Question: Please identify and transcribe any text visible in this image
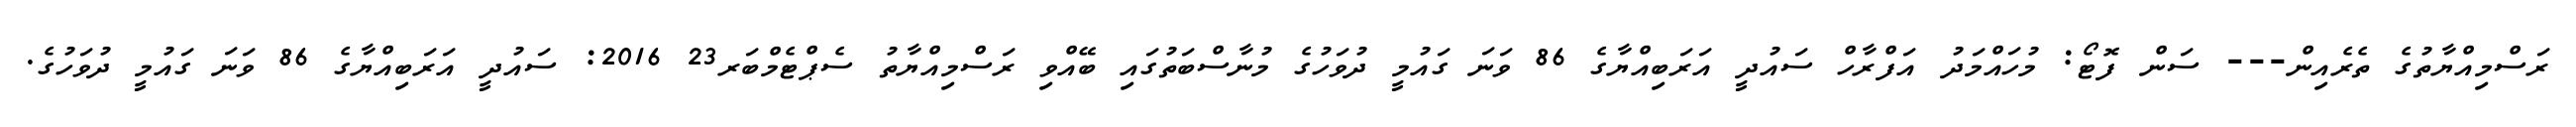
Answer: ރަސްމިއްޔާތުގެ ތެރެއިން--- ސަން ފޮޓޯ: މުހައްމަދު އަފްރާހް ސައުދީ އަރަބިއްޔާގެ 86 ވަނަ ގައުމީ ދުވަހުގެ މުނާސްބަތުގައި ބޭއްވި ރަސްމިއްޔާތު ސެޕްޓެމްބަރ23 2016: ސައުދީ އަރަބިއްޔާގެ 86 ވަނަ ގައުމީ ދުވަހުގެ.